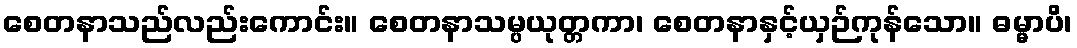
စေတနာသည်လည်းကောင်း။ စေတနာသမ္ပယုတ္တကာ၊ စေတနာနှင့်ယှဉ်ကုန်သော။ ဓမ္မာပိ၊